画像に写った文字を読んでください
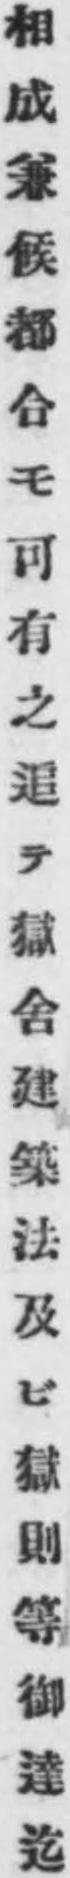
「相成兼候都合モ可有之追テ獄舍建築法及ビ獄則等御達迄」と書いてあります